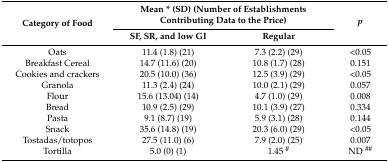
<table><thead><tr><td rowspan="2"><b>Category of Food</b></td><td colspan="2"><b>Mean * (SD) (Number of Establishments Contributing Data to the Price)</b></td><td rowspan="2"><b><i>p</i></b></td></tr><tr><td><b>SF, SR, and low GI</b></td><td><b>Regular</b></td></tr></thead><tbody><tr><td>Oats</td><td>11.4 (1.8) (21)</td><td>7.3 (2.2) (29)</td><td>&lt;0.05</td></tr><tr><td>Breakfast Cereal</td><td>14.7 (11.6) (20)</td><td>10.8 (1.7) (28)</td><td>0.151</td></tr><tr><td>Cookies and crackers</td><td>20.5 (10.0) (36)</td><td>12.5 (3.9) (29)</td><td>&lt;0.05</td></tr><tr><td>Granola</td><td>11.3 (2.4) (24)</td><td>10.0 (2.1) (29)</td><td>0.057</td></tr><tr><td>Flour</td><td>15.6 (13.04) (14)</td><td>4.7 (1.0) (29)</td><td>0.008</td></tr><tr><td>Bread</td><td>10.9 (2.5) (29)</td><td>10.1 (3.9) (27)</td><td>0.334</td></tr><tr><td>Pasta</td><td>9.1 (8.7) (19)</td><td>5.9 (3.1) (28)</td><td>0.144</td></tr><tr><td>Snack</td><td>35.6 (14.8) (19)</td><td>20.3 (6.0) (29)</td><td>&lt;0.05</td></tr><tr><td>Tostadas/totopos</td><td>27.5 (11.0) (6)</td><td>7.9 (2.0) (25)</td><td>0.007</td></tr><tr><td>Tortilla</td><td>5.0 (0) (1)</td><td>1.45 <sup>#</sup></td><td>ND <sup>##</sup></td></tr></tbody></table>